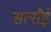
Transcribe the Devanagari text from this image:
सत्सैई